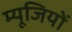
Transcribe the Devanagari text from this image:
म्यूजियों